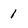
Character: 1